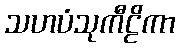
သဟပံသုကီဠိကာ